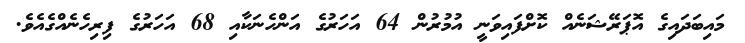
މައިބަދައިގެ އޮޕަރޭޝަނެއް ކޮށްފައިވަނީ އުމުރުން 64 އަހަރުގެ އަންހެނަކާއި 68 އަހަރުގެ ފިރިހެނެއްގެއެވެ.